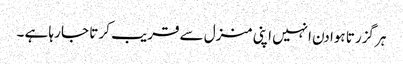
ہر گزرتا ہوا دن انہیں اپنی منزل سے قریب کر تا جا رہا ہے ۔